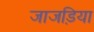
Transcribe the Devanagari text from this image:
जाजड़िया